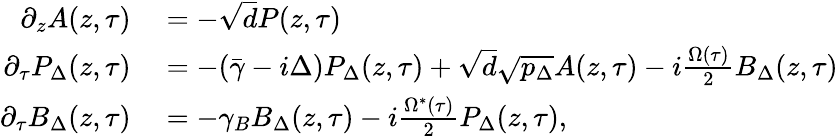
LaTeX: \begin{array}{rl}{\partial_{z}A(z,\tau)}&{{}=-\sqrt{d}P(z,\tau)}\\ {\partial_{\tau}P_{\Delta}(z,\tau)}&{{}=-(\bar{\gamma}-i\Delta)P_{\Delta}(z,\tau)+\sqrt{d}\sqrt{p_{\Delta}}A(z,\tau)-i\frac{\Omega(\tau)}{2}B_{\Delta}(z,\tau)}\\ {\partial_{\tau}B_{\Delta}(z,\tau)}&{{}=-\gamma_{B}B_{\Delta}(z,\tau)-i\frac{\Omega^{*}(\tau)}{2}P_{\Delta}(z,\tau),}\end{array}